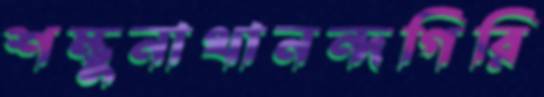
শম্ভুনাথানন্দগিরি